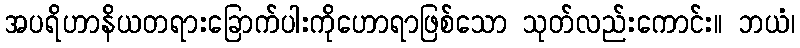
အပရိဟာနိယတရားခြောက်ပါးကိုဟောရာဖြစ်သော သုတ်လည်းကောင်း။ ဘယံ၊